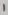
Text: 1